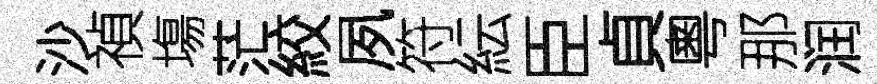
沙禎塲茫絞夙符紜臣貞粵那润